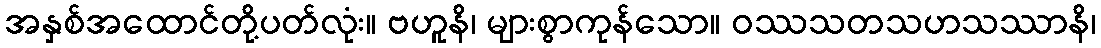
အနှစ်အထောင်တို့ပတ်လုံး။ ဗဟူနိ၊ များစွာကုန်သော။ ဝဿသတသဟသဿာနိ၊